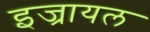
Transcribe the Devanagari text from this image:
इज्रायल